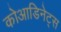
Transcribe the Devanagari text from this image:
कोआडिनेट्स